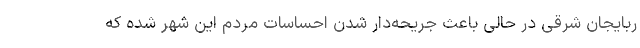
ربایجان شرقی در حالی باعث جریحه‌دار شدن احساسات مردم این شهر شده که